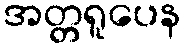
အတ္တရူပေန